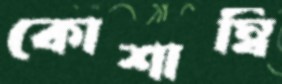
কোশাম্বি